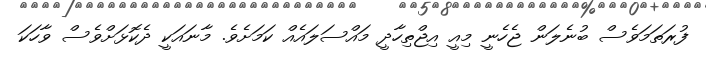
ފުރަތަމަވެސް ބުނެލަން ޖެހެނީ މިއީ އިޖްތިހާދީ މައްސަލައެއް ކަމަށެވެ. މާނައަކީ ދެކޮޅަށްވެސް ވާހަކަ